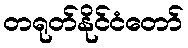
တရုတ်နိုင်ငံတော်